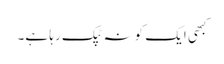
کبھی ایک کونہ ٹپک رہا ہے۔